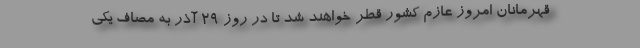
قهرمانان امروز عازم کشور قطر خواهند شد تا در روز 29 آذر به مصاف یکی